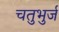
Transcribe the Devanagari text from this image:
चतुभुर्ज